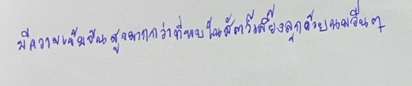
มีความเข้มข้นสูงมากกว่าที่พบในสัตว์เลี้ยงลูกด้วยนมอื่นๆ